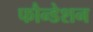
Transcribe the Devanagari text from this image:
फौन्डेशन